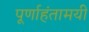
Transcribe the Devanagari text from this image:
पूर्णाहंतामयी